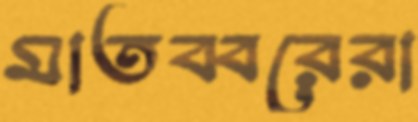
মাতব্বরেরা